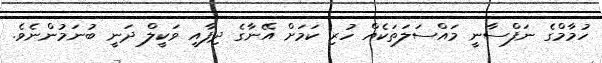
ހުމާމްގެ ނަފްސާނީ މައްސަލަތަކެއް ހުރި ކަމަށް އޭނާގެ ދިފާއީ ވަކީލް ދަނީ ބުނަމުންނެވެ.